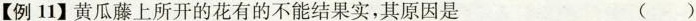
【例11】黄瓜藤上所开的花有的不能结果实，其原因是 ()